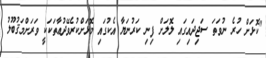
"ކޮޅަށް ހުރެ ނުވަތަ ސަޖިދައިގައި ލޮލަށް ފިނި ކަރުނަޔާ އެކުގައި މޮޅަށްކުރެވޭދުޢާތަކަކީ ވަރަށްމަޤުބޫލު